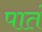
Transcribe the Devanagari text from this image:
पातं